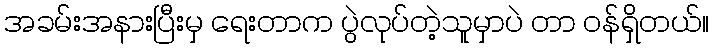
အခမ်းအနားပြီးမှ ရေးတာက ပွဲလုပ်တဲ့သူမှာပဲ တာ ဝန်ရှိတယ်။